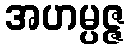
အဟမ္ပဇ္ဇ